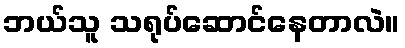
ဘယ်သူ သရုပ်ဆောင်နေတာလဲ။